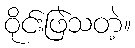
ဝိုင်းဖြဲသတဲ့။